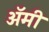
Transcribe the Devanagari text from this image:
अॅमी